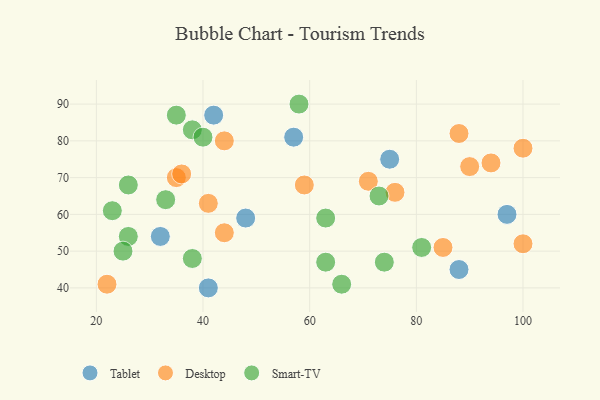
{"axis": {"x": "GDP", "y": "Life Expectancy"}, "legend": ["Desktop", "Smart-TV", "Tablet"], "data": [{"x": "75", "y": 75, "type": "Tablet"}, {"x": "57", "y": 81, "type": "Tablet"}, {"x": "48", "y": 59, "type": "Tablet"}, {"x": "32", "y": 54, "type": "Tablet"}, {"x": "97", "y": 60, "type": "Tablet"}, {"x": "41", "y": 40, "type": "Tablet"}, {"x": "42", "y": 87, "type": "Tablet"}, {"x": "88", "y": 45, "type": "Tablet"}, {"x": "100", "y": 78, "type": "Desktop"}, {"x": "76", "y": 66, "type": "Desktop"}, {"x": "44", "y": 55, "type": "Desktop"}, {"x": "100", "y": 52, "type": "Desktop"}, {"x": "59", "y": 68, "type": "Desktop"}, {"x": "85", "y": 51, "type": "Desktop"}, {"x": "44", "y": 80, "type": "Desktop"}, {"x": "41", "y": 63, "type": "Desktop"}, {"x": "35", "y": 70, "type": "Desktop"}, {"x": "71", "y": 69, "type": "Desktop"}, {"x": "94", "y": 74, "type": "Desktop"}, {"x": "36", "y": 71, "type": "Desktop"}, {"x": "90", "y": 73, "type": "Desktop"}, {"x": "22", "y": 41, "type": "Desktop"}, {"x": "88", "y": 82, "type": "Desktop"}, {"x": "26", "y": 54, "type": "Smart-TV"}, {"x": "73", "y": 65, "type": "Smart-TV"}, {"x": "38", "y": 83, "type": "Smart-TV"}, {"x": "35", "y": 87, "type": "Smart-TV"}, {"x": "23", "y": 61, "type": "Smart-TV"}, {"x": "33", "y": 64, "type": "Smart-TV"}, {"x": "74", "y": 47, "type": "Smart-TV"}, {"x": "58", "y": 90, "type": "Smart-TV"}, {"x": "25", "y": 50, "type": "Smart-TV"}, {"x": "81", "y": 51, "type": "Smart-TV"}, {"x": "38", "y": 48, "type": "Smart-TV"}, {"x": "40", "y": 81, "type": "Smart-TV"}, {"x": "63", "y": 59, "type": "Smart-TV"}, {"x": "63", "y": 47, "type": "Smart-TV"}, {"x": "66", "y": 41, "type": "Smart-TV"}, {"x": "26", "y": 68, "type": "Smart-TV"}]}